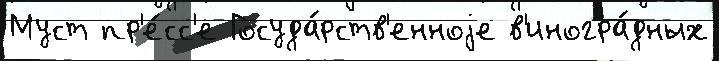
Муст пр'е́сс'е Госуда́рств'енноjе в'иногра́дных